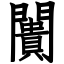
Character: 闠